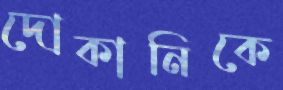
দোকানিকে